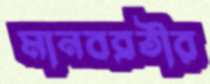
মানবব্রতীর